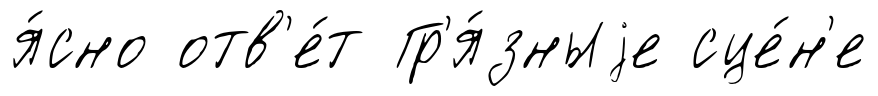
я́сно отв'е́т Гр'я́зныjе сце́н'е